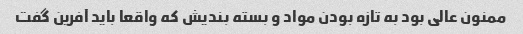
ممنون عالی بود به تازه بودن مواد و بسته بندیش که واقعا باید آفرین گفت